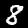
Digit: 8